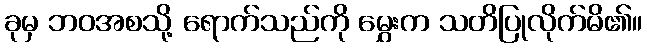
ခုမှ ဘဝအစသို့ ရောက်သည်ကို မွှေးက သတိပြုလိုက်မိ၏။